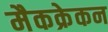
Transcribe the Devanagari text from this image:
मैकक्रेकन